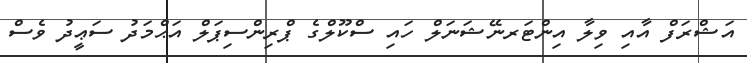
އަޝްރަފް އާއި ވިލާ އިންޓަރނޭޝަނަލް ހައި ސްކޫލްގެ ޕްރިންސިޕަލް އަޙްމަދު ސަޢީދު ވެސް